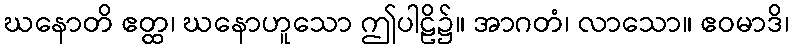
ဃနောတိ ဧတ္ထ၊ ဃနောဟူသော ဤပါဠိ၌။ အာဂတံ၊ လာသော။ ဧဝမာဒိ၊